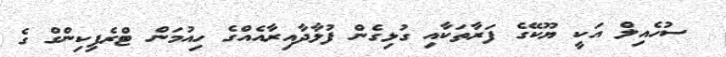
ސުހެއިލް އަކީ ޔޫކޭގެ ފަރާތަކާއި ގުޅިގެން ފުޅާދާއިރާއެއްގެ ހިއުމަން ޓްރެފިކިންްގް ގެ